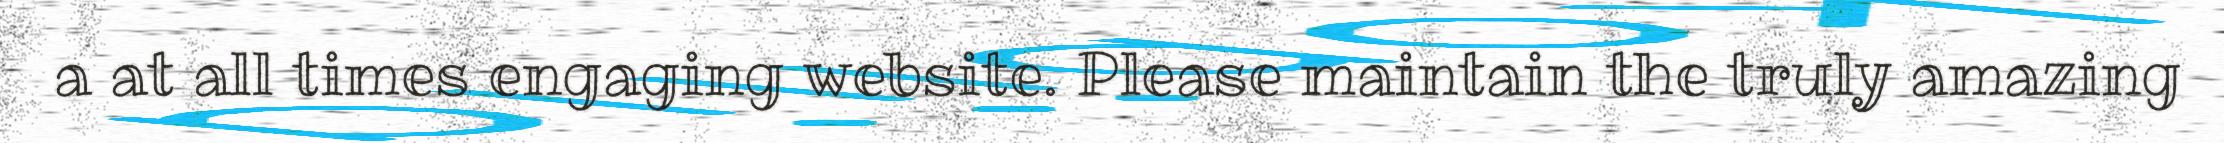
a at all times engaging website. Please maintain the truly amazing